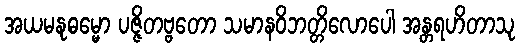
အယမနုဓမ္မော ပဇ္ဇိတဗ္ဗတော သမာနဝိဘတ္တိလောပေါ အန္တရဟိတာသု